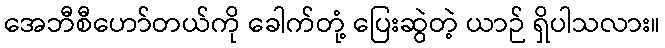
အေဘီစီဟော်တယ်ကို ခေါက်တုံ့ ပြေးဆွဲတဲ့ ယာဉ် ရှိပါသလား။